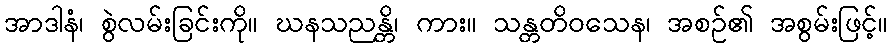
အာဒါနံ၊ စွဲလမ်းခြင်းကို။ ဃနသညန္တိ၊ ကား။ သန္တတိဝသေန၊ အစဉ်၏ အစွမ်းဖြင့်။